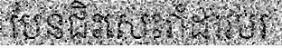
បែនជិះសេះរាំដាវបរ